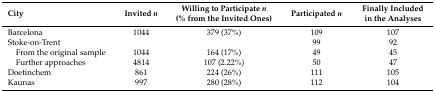
<table><thead><tr><td><b>City</b></td><td><b>Invited <i>n</i></b></td><td><b>Willing to Participate <i>n</i> (% from the Invited Ones)</b></td><td><b>Participated <i>n</i></b></td><td><b>Finally Included in the Analyses</b></td></tr></thead><tbody><tr><td>Barcelona</td><td>1044</td><td>379 (37%)</td><td>109</td><td>107</td></tr><tr><td>Stoke-on-Trent</td><td></td><td></td><td>99</td><td>92</td></tr><tr><td> From the original sample</td><td>1044</td><td>164 (17%)</td><td>49</td><td>45</td></tr><tr><td> Further approaches</td><td>4814</td><td>107 (2.22%)</td><td>50</td><td>47</td></tr><tr><td>Doetinchem</td><td>861</td><td>224 (26%)</td><td>111</td><td>105</td></tr><tr><td>Kaunas</td><td>997</td><td>280 (28%)</td><td>112</td><td>104</td></tr></tbody></table>